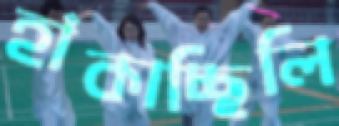
হাঁকাচ্ছিলি